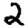
Digit: 2